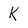
Character: K